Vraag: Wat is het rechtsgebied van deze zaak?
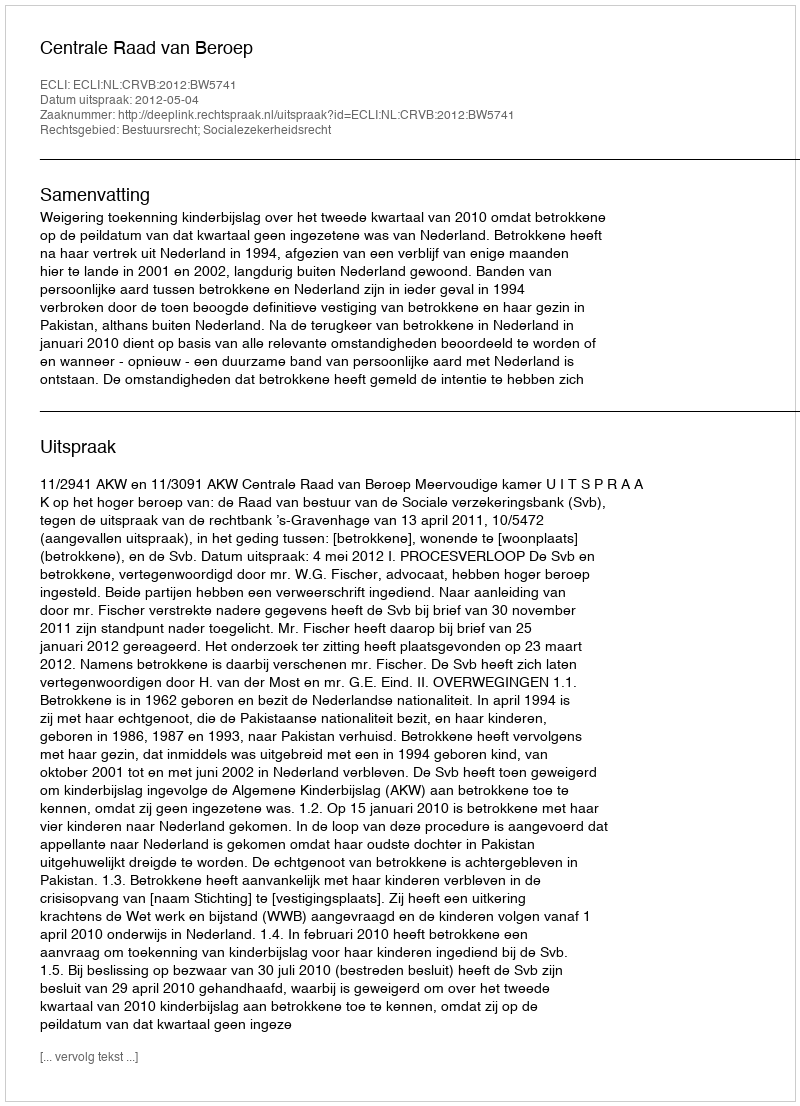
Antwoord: Bestuursrecht; Socialezekerheidsrecht